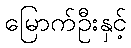
မြောက်ဦးနှင့်